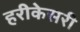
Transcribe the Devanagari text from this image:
हरीकेसरी